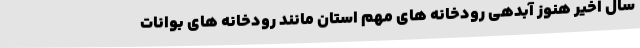
سال اخیر هنوز آبدهی رودخانه های مهم استان مانند رودخانه های بوانات